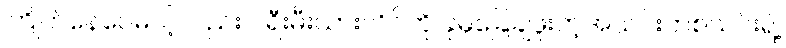
ကြိုက်နေပေမယ့်လည်း ပရီးမီးယားလိဂ်ကို ခုမှခြေချဖူးတဲ့အသင်းတစ်သင်းရဲ့